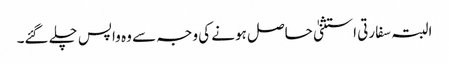
البتہ سفارتی استثنیٰ حاصل ہونے کی وجہ سے وہ واپس چلے گئے۔